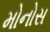
મોનોસ